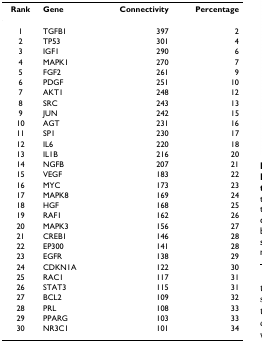
<table><thead><tr><td><b>Rank</b></td><td><b>Gene</b></td><td><b>Connectivity</b></td><td><b>Percentage</b></td></tr></thead><tbody><tr><td>1</td><td>TGFB1</td><td>397</td><td>2</td></tr><tr><td>2</td><td>TP53</td><td>301</td><td>4</td></tr><tr><td>3</td><td>IGF1</td><td>290</td><td>6</td></tr><tr><td>4</td><td>MAPK1</td><td>270</td><td>7</td></tr><tr><td>5</td><td>FGF2</td><td>261</td><td>9</td></tr><tr><td>6</td><td>PDGF</td><td>251</td><td>10</td></tr><tr><td>7</td><td>AKT1</td><td>248</td><td>12</td></tr><tr><td>8</td><td>SRC</td><td>243</td><td>13</td></tr><tr><td>9</td><td>JUN</td><td>242</td><td>15</td></tr><tr><td>10</td><td>AGT</td><td>231</td><td>16</td></tr><tr><td>11</td><td>SP1</td><td>230</td><td>17</td></tr><tr><td>12</td><td>IL6</td><td>220</td><td>18</td></tr><tr><td>13</td><td>IL1B</td><td>216</td><td>20</td></tr><tr><td>14</td><td>NGFB</td><td>207</td><td>21</td></tr><tr><td>15</td><td>VEGF</td><td>183</td><td>22</td></tr><tr><td>16</td><td>MYC</td><td>173</td><td>23</td></tr><tr><td>17</td><td>MAPK8</td><td>169</td><td>24</td></tr><tr><td>18</td><td>HGF</td><td>168</td><td>25</td></tr><tr><td>19</td><td>RAF1</td><td>162</td><td>26</td></tr><tr><td>20</td><td>MAPK3</td><td>156</td><td>27</td></tr><tr><td>21</td><td>CREB1</td><td>146</td><td>28</td></tr><tr><td>22</td><td>EP300</td><td>141</td><td>28</td></tr><tr><td>23</td><td>EGFR</td><td>138</td><td>29</td></tr><tr><td>24</td><td>CDKN1A</td><td>122</td><td>30</td></tr><tr><td>25</td><td>RAC1</td><td>117</td><td>31</td></tr><tr><td>26</td><td>STAT3</td><td>115</td><td>31</td></tr><tr><td>27</td><td>BCL2</td><td>109</td><td>32</td></tr><tr><td>28</td><td>PRL</td><td>108</td><td>33</td></tr><tr><td>29</td><td>PPARG</td><td>103</td><td>33</td></tr><tr><td>30</td><td>NR3C1</td><td>101</td><td>34</td></tr></tbody></table>